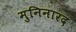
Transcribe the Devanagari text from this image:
मुनिनारद